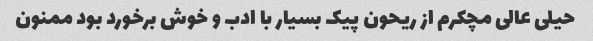
حیلی عالی مچکرم از ریحون پیک بسیار با ادب و خوش برخورد بود ممنون